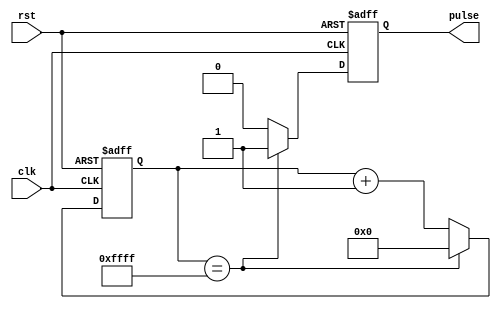
module pulse_generator(
    input clk,
    input rst,
    output reg pulse
);

reg [15:0] count;

always @(posedge clk or posedge rst) begin
    if (rst) begin
        count <= 16'b0;
        pulse <= 1'b0;
    end else begin
        if (count == 16'hFFFF) begin
            count <= 16'b0;
            pulse <= 1'b1;
        end else begin
            count <= count + 1;
            pulse <= 1'b0;
        end
    end
end

endmodule